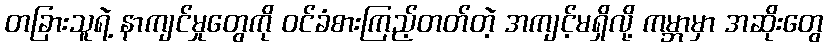
တခြားသူရဲ့ နာကျင်မှုတွေကို ဝင်ခံစားကြည့်တတ်တဲ့ အကျင့်မရှိလို့ ကမ္ဘာမှာ အဆိုးတွေ